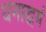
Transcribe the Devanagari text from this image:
धनाद्धर्मं